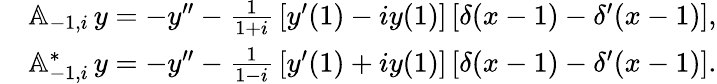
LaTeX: \begin{array}{rl}&{{\mathbb A}_{-1,i}\, y=-y^{\prime\prime}-\frac{1}{1+i}\, [y^{\prime}(1)-iy(1)]\, [\delta(x-1)-\delta^{\prime}(x-1)],}\\ &{{\mathbb A}_{-1,i}^{*}\, y=-y^{\prime\prime}-\frac{1}{1-i}\, [y^{\prime}(1)+iy(1)]\, [\delta(x-1)-\delta^{\prime}(x-1)].}\end{array}